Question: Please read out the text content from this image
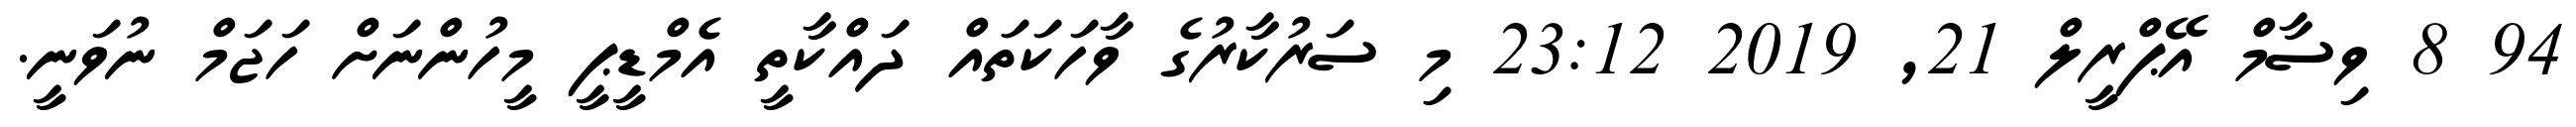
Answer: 94 8 ވިސާމް އޭޕްރީލް 21, 2019 23:12 މި ސަރުކާރުގެ ވާހަކަތައް ދައްކާތީ އެމްޑީޕީ މީހުންނަށް ހަޖަމް ނުވަނީ.